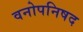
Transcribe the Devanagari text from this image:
वनोपनिषद